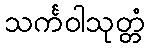
သင်္ကဝါသုတ္တံ